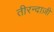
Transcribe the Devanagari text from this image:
तीरन्दाज़ी